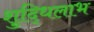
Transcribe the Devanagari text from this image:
शुद्धिलाभ